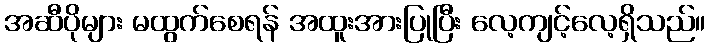
အဆီပိုများ မထွက်စေရန် အထူးအားပြုပြီး လေ့ကျင့်လေ့ရှိသည်။